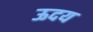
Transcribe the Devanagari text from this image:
ऊदय